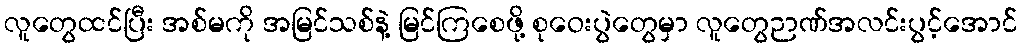
လူတွေထင်ပြီး အစ်မကို အမြင်သစ်နဲ့ မြင်ကြစေဖို့ စုဝေးပွဲတွေမှာ လူတွေဉာဏ်အလင်းပွင့်အောင်